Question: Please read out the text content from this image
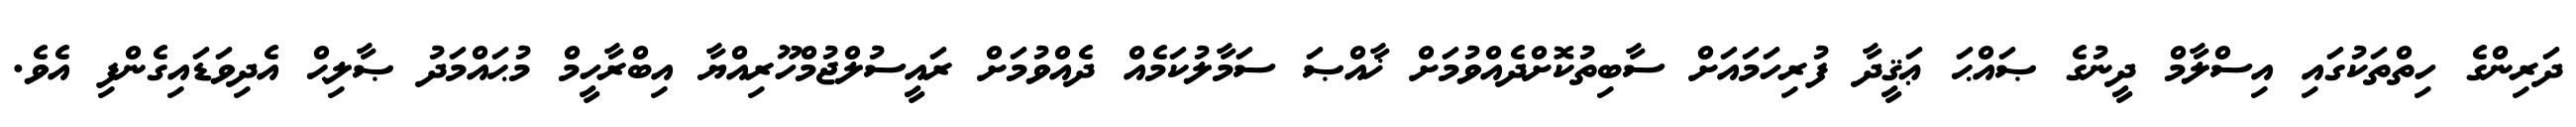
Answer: ދަރިންގެ ހިތްތަކުގައި އިސްލާމް ދީނުގެ ޞައްޙަ ޢަޤީދާ ފުރިހަމައަށް ސާބިތުކޮށްދެއްވުމަށް ޚާއްޞަ ސަމާލުކަމެއް ދެއްވުމަށް ރައީސުލްޖުމްހޫރިއްޔާ އިބްރާހީމް މުޙައްމަދު ޞާލިޙް އެދިވަޑައިގެންފި އެވެ.